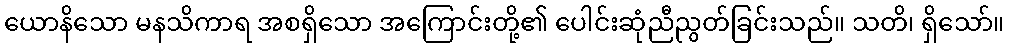
ယောနိသော မနသိကာရ အစရှိသော အကြောင်းတို့၏ ပေါင်းဆုံညီညွတ်ခြင်းသည်။ သတိ၊ ရှိသော်။